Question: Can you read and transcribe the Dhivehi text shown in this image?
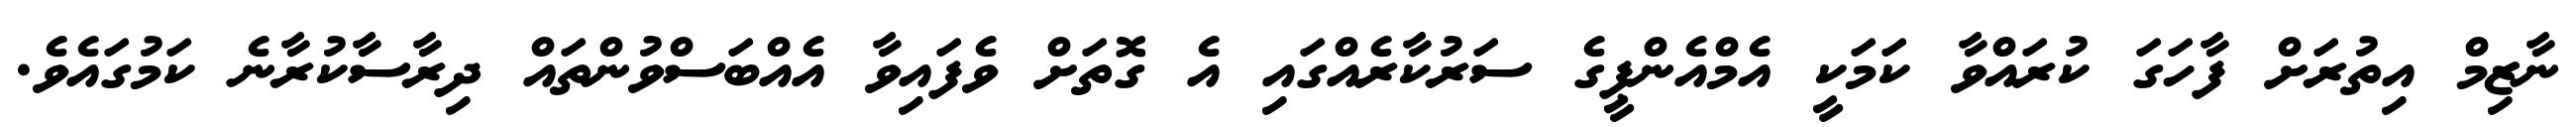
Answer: ނާޒިމް އިތުރަށް ފާހަގަ ކުރައްވާ ކަމަކީ އެމްއެންޕީގެ ސަރުކާރެއްގައި އެ ގޮތަށް ވެފައިވާ އެއްބަސްވުންތައް ދިރާސާކުރާނެ ކަމުގައެވެ.